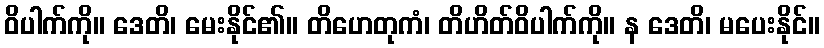
ဝိပါက်ကို။ ဒေတိ၊ မေးနိုင်၏။ တိဟေတုကံ၊ တိဟိတ်ဝိပါက်ကို။ န ဒေတိ၊ မပေးနိုင်။